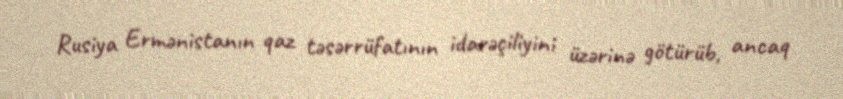
Rusiya Ermənistanın qaz təsərrüfatının idarəçiliyini üzərinə götürüb, ancaq